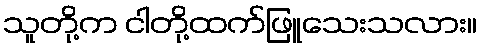
သူတို့က ငါတို့ထက်ဖြူသေးသလား။